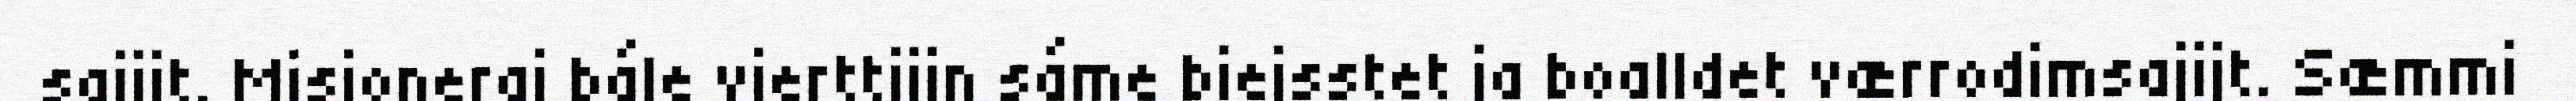
sajijt. Misjoneraj bále vierttijin sáme biejsstet ja boalldet værrodimsajijt. Sæmmi